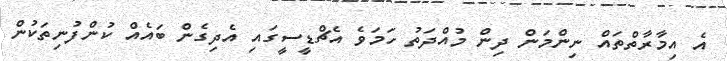
އެ އިމާރާތްތައް ނިންމަން ދިން މުއްދަތު ހަމަވެ އެޗްޑީސީގައި އެދިގެން ބައެއް ކުންފުނިތަކުން